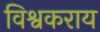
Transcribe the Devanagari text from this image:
विश्वकराय